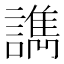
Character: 𰵇